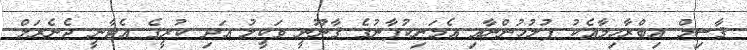
ޤާސިމް އިބްރާހިމާއެކު ފުލުހުންނާއި އެމަނިކުފާނުގެ ޤާނޫނީ ވަކީލު އަދި ކުރީގެ އެޓާނީ ޖެނެރަލް